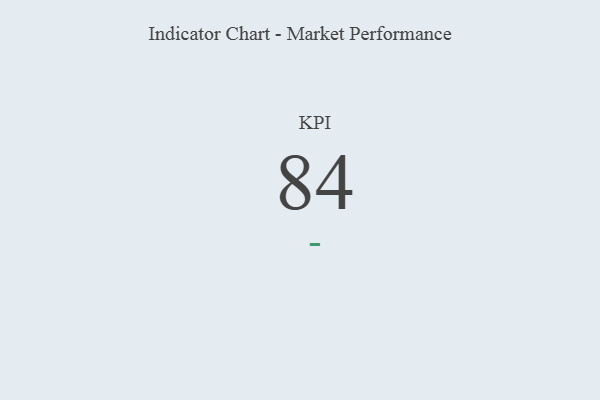
{"axis": {"x": "KPI", "y": "Value"}, "legend": [""], "data": [{"x": "KPI", "y": 84, "type": ""}]}